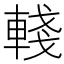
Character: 輚